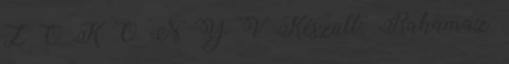
Z Ő K Ö N Y V Készült: Rakamaz